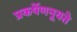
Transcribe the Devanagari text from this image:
प्रकर्षेणनूयते